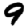
Digit: 9